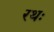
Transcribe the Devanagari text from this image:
रथः